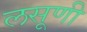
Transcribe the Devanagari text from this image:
लसूणी